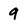
Character: 9